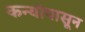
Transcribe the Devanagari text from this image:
कन्यांपासून